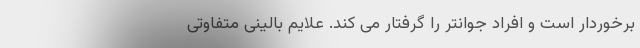
برخوردار است و افراد جوانتر را گرفتار می کند. علایم بالینی متفاوتی